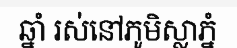
ឆ្នាំ រស់នៅភូមិស្លាភ្នំ